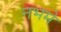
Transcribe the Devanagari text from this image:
नभमे